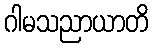
ဂါမသညာယာတိ